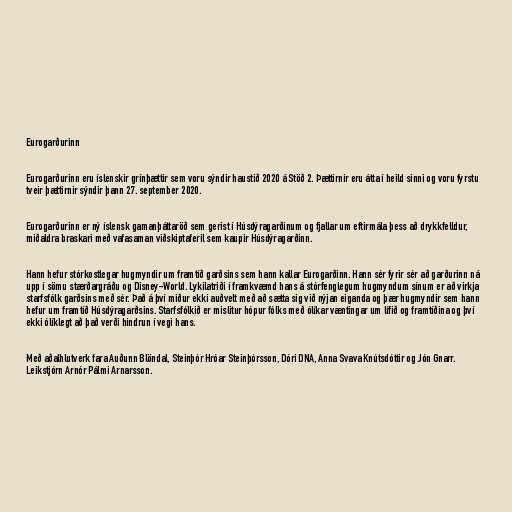
Eurogarðurinn

Eurogarðurinn eru íslenskir grínþættir sem voru sýndir haustið 2020 á Stöð 2. Þættirnir eru átta í heild sinni og voru fyrstu
tveir þættirnir sýndir þann 27. september 2020.

Eurogarðurinn er ný íslensk gamanþáttaröð sem gerist í Húsdýragarðinum og fjallar um eftirmála þess að drykkfelldur,
miðaldra braskari með vafasaman viðskiptaferil sem kaupir Húsdýragarðinn.

Hann hefur stórkostlegar hugmyndir um framtíð garðsins sem hann kallar Eurogarðinn. Hann sér fyrir sér að garðurinn ná
upp í sömu stærðargráðu og Disney-World. Lykilatriði í framkvæmd hans á stórfenglegum hugmyndum sínum er að virkja
starfsfólk garðsins með sér. Það á því miður ekki auðvelt með að sætta sig við nýjan eiganda og þær hugmyndir sem hann
hefur um framtíð Húsdýragarðsins. Starfsfólkið er mislitur hópur fólks með ólíkar væntingar um lífið og framtíðina og því
ekki ólíklegt að það verði hindrun í vegi hans.

Með aðalhlutverk fara Auðunn Blöndal, Steinþór Hróar Steinþórsson, Dóri DNA, Anna Svava Knútsdóttir og Jón Gnarr.
Leikstjórn Arnór Pálmi Arnarsson.